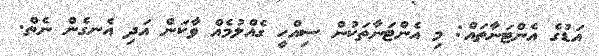
އަޑުގެ އެންޓަނާތައް: މި އެންޓަނާތަކުން ސިއްހީ ގެއްލުމެއް ވާކަން އަދި އެނގެން ނެތް.